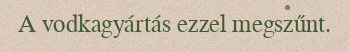
A vodkagyártás ezzel megszűnt.